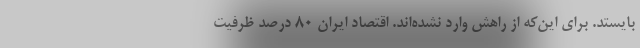
بایستد. برای این‌که از راهش وارد نشده‌اند. اقتصاد ایران ۸۰ درصد ظرفیت